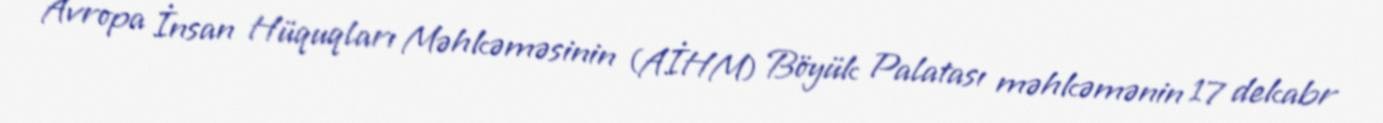
Avropa İnsan Hüquqları Məhkəməsinin (AİHM) Böyük Palatası məhkəmənin 17 dekabr